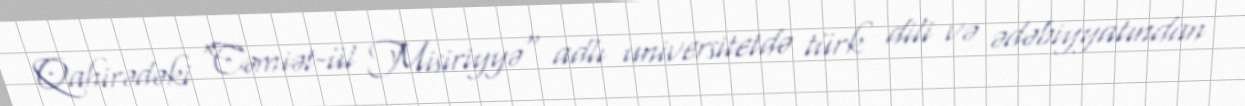
Qahirədəki "Cəmiət-ül Misiriyyə" adlı universitetdə türk dili və ədəbiyyatından